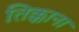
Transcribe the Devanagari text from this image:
तिक्काना